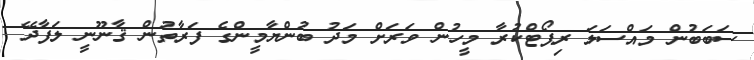
ސަބަބުން މައްސަލަ ރިޕޯޓްކުރާ މީހުން ވަރަށް މަދު ބުންޔާމީންގެ ފަރާތުން ޤާނޫނީ ލަފާދޭ